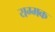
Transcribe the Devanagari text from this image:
यग्मक